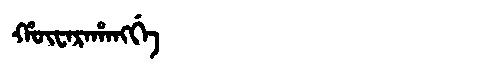
Manchu: ᡥᡡᠸᠠᡵᠠᡥᠠᠩᡤᡝ
Romanization: HŪWARAHANGGE